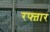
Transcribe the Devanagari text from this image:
रफ्त़ार